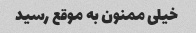
خیلی ممنون به موقع رسید